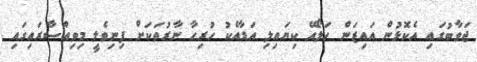
ޖަވާބުގައި އެކޮޅުން އައިޒަން ހަލޯއޭ ކިޔައިލި އަޑާއެކު ހުރިހާ ނާރުތަކަށް ފިނިވެލީ މިވިއްސާރައިގައި